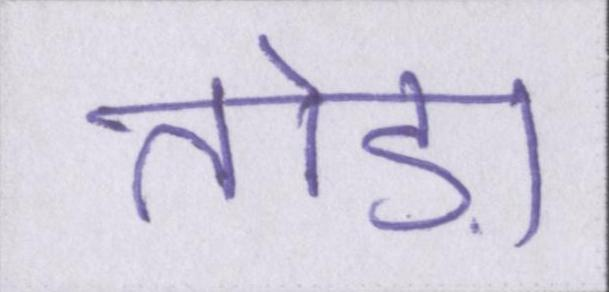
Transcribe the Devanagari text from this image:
तोड़ा